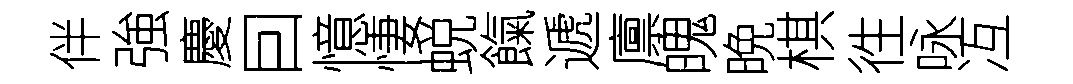
伴強慶囙憶悽蜕餼遞廪魄晩棋徃咏冱